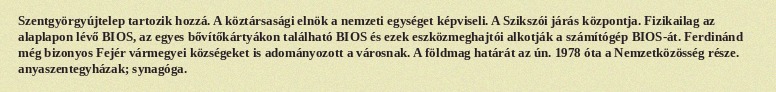
Szentgyörgyújtelep tartozik hozzá. A köztársasági elnök a nemzeti egységet képviseli. A Szikszói járás központja. Fizikailag az alaplapon lévő BIOS, az egyes bővítőkártyákon található BIOS és ezek eszközmeghajtói alkotják a számítógép BIOS-át. Ferdinánd még bizonyos Fejér vármegyei községeket is adományozott a városnak. A földmag határát az ún. 1978 óta a Nemzetközösség része. anyaszentegyházak; synagóga.